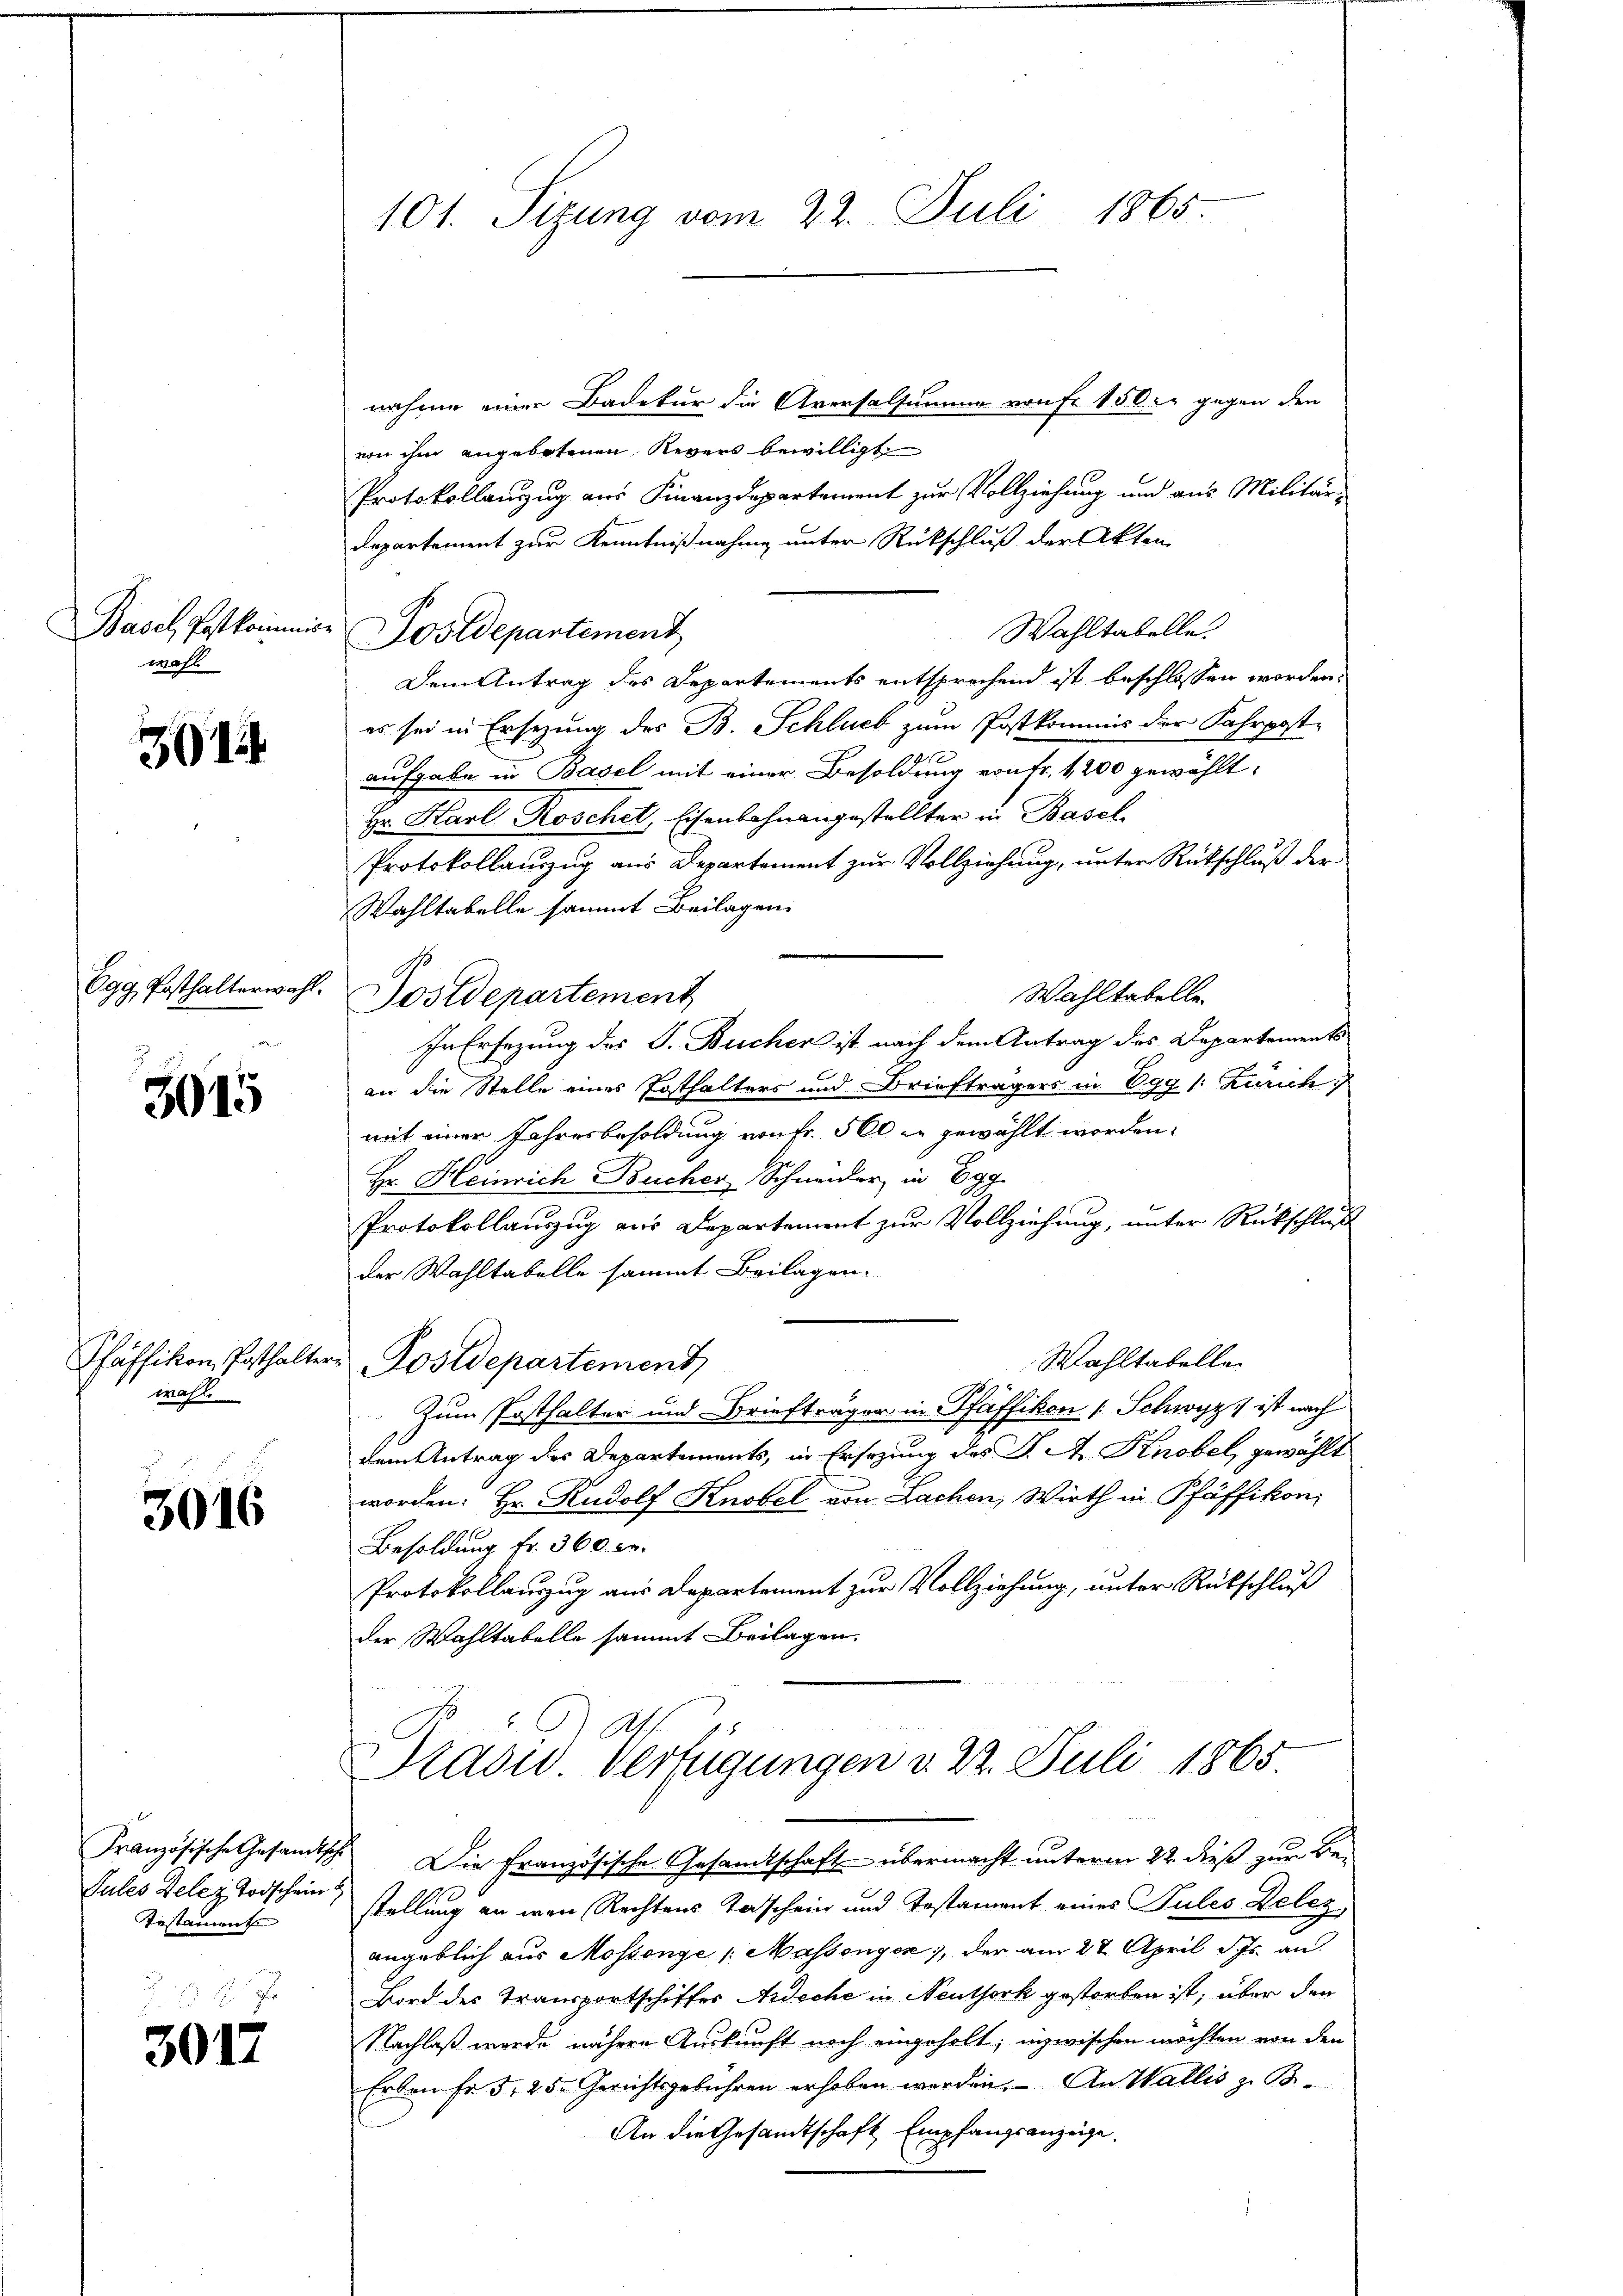
Basel, Postkommis
wahl

31

Egg, Posthalterwahl.

3015

Pfäffikon, Posthalten.
wähl

3016

Testament

3017

101. Sizung vom 22. Juli 1865.

nahme einer Badetur die Aversalsumme von Fr 150.- gegen den
von ihm angebotenen Revers bewilligt.
Protokollanzug aus Finanzdepartement zur Vollziehung und aus Militär-
Departement zur Kenntnißnahme unter Rückschluß der Akten
Postdepartement
Dem Antrag des Departements entsprechend ist beschlossen worden.
es sei in Ersezung des B. Schluck zum Postkommis der Fahrpost-
aufgabe in Basel mit einer Besoldung von Fr. 1200 gewählt:
Hr. Karl Roschet, Eisenbahnangestellter in Basel
Protokollauszug aus Departement zur Vollziehung, unter Rückschluß der
Wahltabelle sammt Beilagen.
Wahltabelle.
Postdepartement
In Ersezung des J. Bücher ist nach dem Antrag des Departements
an die Stelle eines Posthalters und Briefträgers in Egg /: Zürich
mit einer Jahresbesoldung von Fr. 500 zu gewählt worden:
Hr. Heinrich Bucher Schneider in Egg
Protokollauszug aus Departement zur Vollziehung, unter Rückschluß
der Wahltabelle sammt Beilagen.
Wahltabelle
r Postdepartement
Zum Posthalter und Briefträger in Pfäffikon [Schwyz ist nach
dem Antrag des Departements, in Ersezung des J. A. Knobel, gewählt
worden. Hr. Rudolf Knobel von Lachen, Wirth in Pfäffikon,
Besoldung Fr. 360 c.
Protokollauszug aus Departement zur Vollziehung, unter Rükschluß
der Wahltabelle sammt Beilagen.
 Br 2
rasw. Verfügungen d. 2. Juli 1865.
Französische Gesandtische Die Französische Gesamtschaft übermacht unterm 22. dieß zur Be¬
Jules Delez Todschein stellung an wen Rechtens Taschein und Testament eines Pules Delez
angeblich aus Mossonge Massengen, der am 27. April d. Js. an.
Bord des Transportschiffes Aideche in Neuthork gestorben ist; über den
Nachlaß werde nähere Auskunft noch eingeholt; inzwischen möchten von den
Erben fr. 5. 25. Gerichtsgebühren erhoben werden. An Wallis zu B
An die Gesandtschaft Empfangsanzeige.

Wahltabelle.